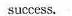
success.